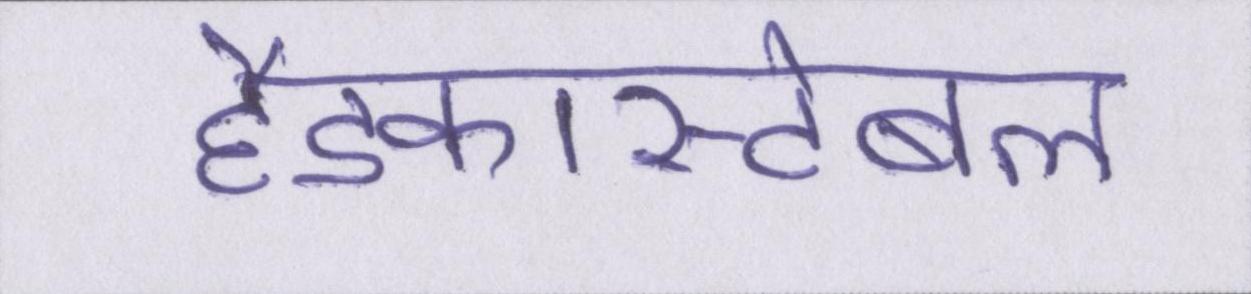
हैडकांस्टेबल